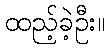
ထည့်ခဲ့ဦး။